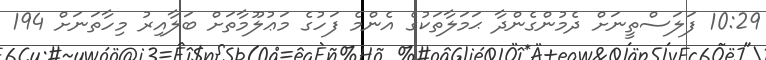
10:29 ފަލަސްތީނަށް ދެމުންގެންދާ ޙަމަލާތަކުގެ އެންމެ ފަހުގެ މަޢުލޫމާތަށް ބަލާއިރު މިހާތަނަށް 194